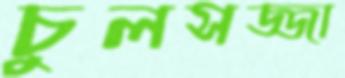
চুলসজ্জা